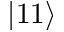
| 1 1 \rangle